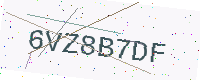
Text: 6VZ8B7DF